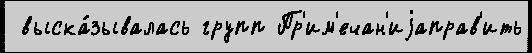
 выска́зывалась групп Пр'им'ечан'иjаправ'ить